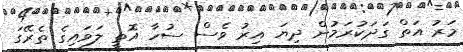
މަރު އަތް ގަދަކުރަމުން ދިޔަ އިރު ވެސް ސުހާ އޮތީ ލަވައިގެ ތެރޭގަ